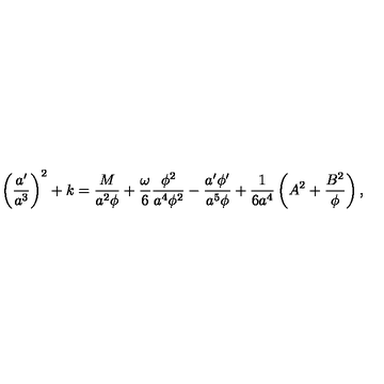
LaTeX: \left( { \frac { a ^ { \prime } } { a ^ { 3 } } } \right) ^ { 2 } + k = { \frac { M } { a ^ { 2 } \phi } } + { \frac { \omega } { 6 } } { \frac { \phi ^ { 2 } } { a ^ { 4 } \phi ^ { 2 } } } - { \frac { a ^ { \prime } \phi ^ { \prime } } { a ^ { 5 } \phi } } + { \frac { 1 } { 6 a ^ { 4 } } } \left( A ^ { 2 } + { \frac { B ^ { 2 } } { \phi } } \right) ,